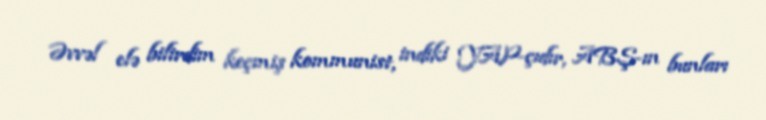
Əvvəl elə bilirdim keçmiş kommunist, indiki YAP-çıdır, ABŞ-ın bunları